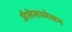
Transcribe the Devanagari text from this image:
जैसेसम्मेलन